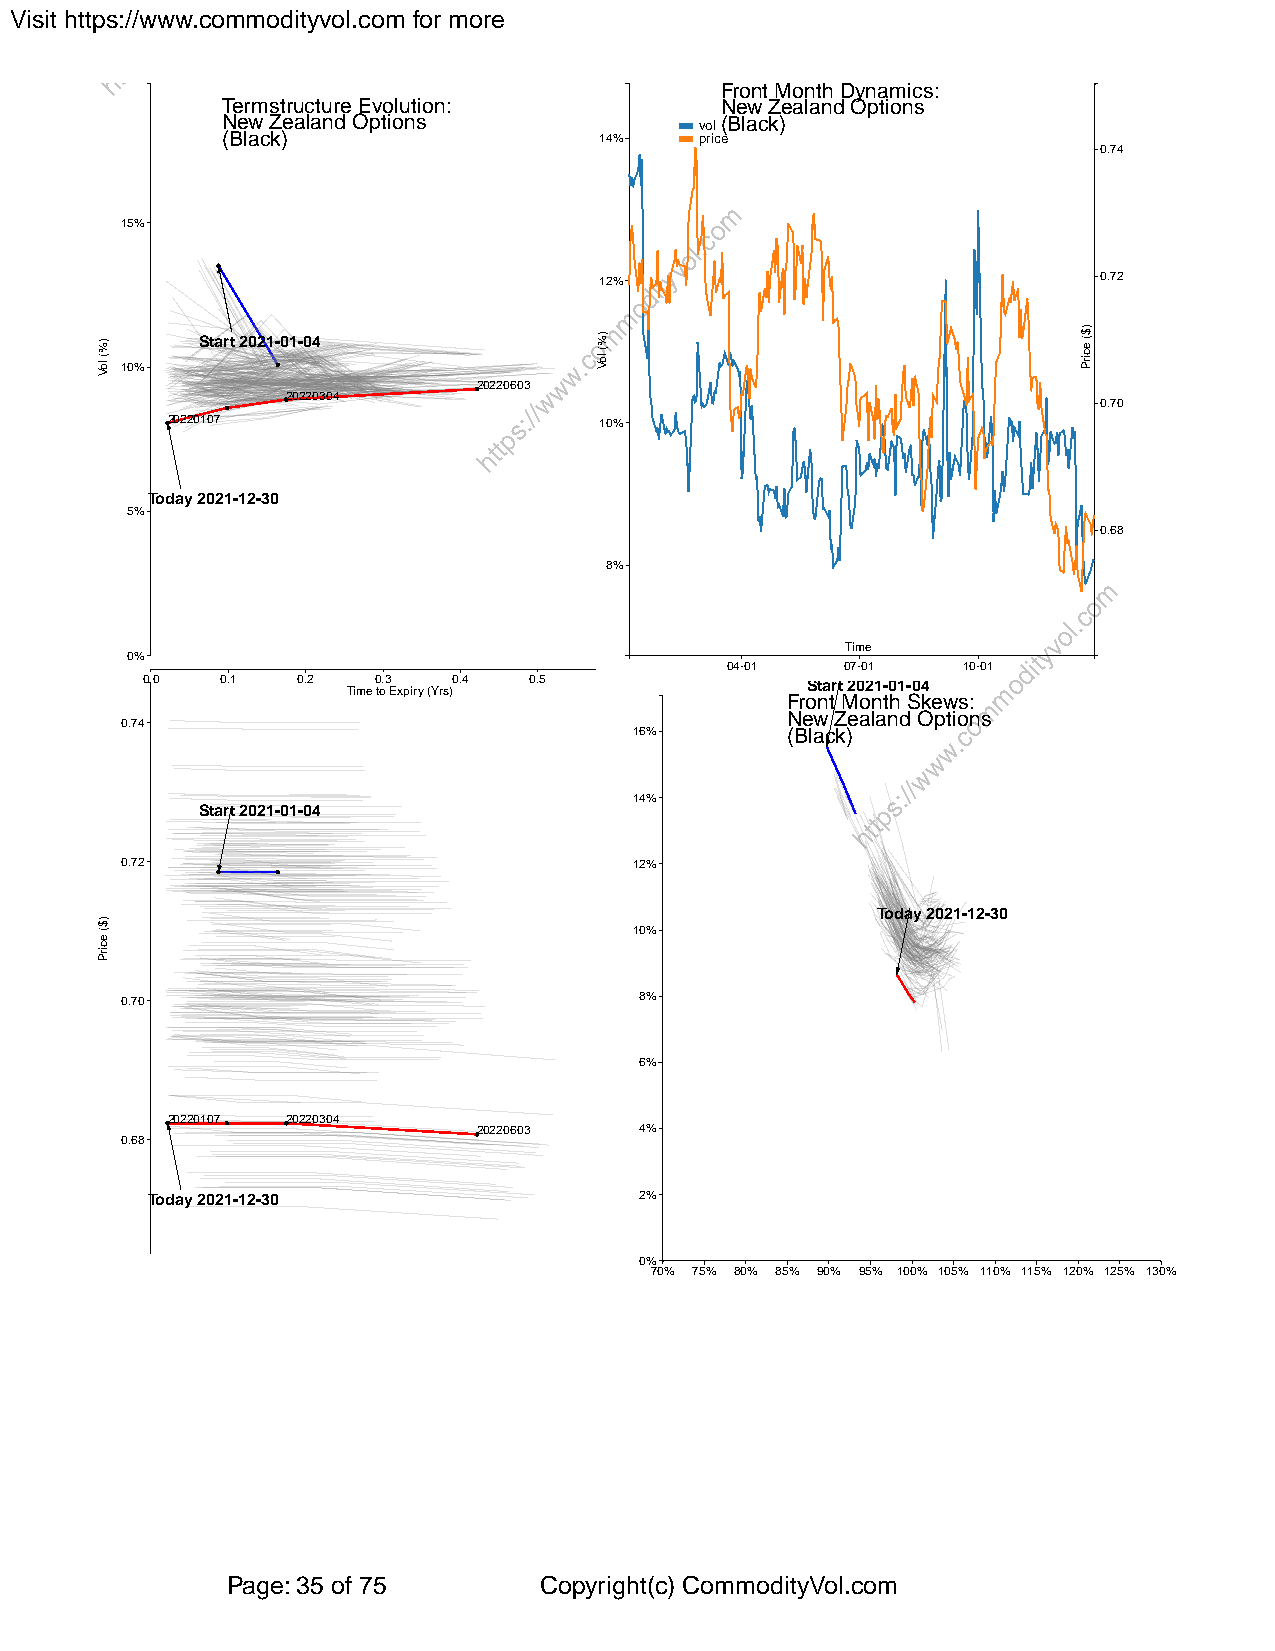
Visit https://www.commodityvol.com for more
 Front Month Dynamics:
 Termstructure Evolution:         New Zealand Options
 New Zealand Options            vol(Black)
 (Black)                  14%   price
 0.74
 15%
 12%                              0.72
 Start 2021-01-04
 10%
 20220603
 20220304
 0.70
 20220107                     10%
 Today 2021-12-30
 5%
 0.68
 8%
 Time
 0%
 04-01   07-01   10-01
 0.0   0.1  0.2  0.3  0.4  0.5               Start 2021-01-04
 Time to Expiry (Yrs)
 Front Month Skews:
 New Zealand Options
 0.74
 16%       (Black)
 14%
 Start 2021-01-04
 0.72                              12%
 Today 2021-12-30
 10%
 0.70                              8%
 6%
 20220107 20220304
 20220603  4%
 0.68
 Today 2021-12-30                2%
 0%
 70% 75% 80% 85% 90% 95% 100% 105% 110% 115% 120% 125% 130%
 Page: 35 of 75       Copyright(c) CommodityVol.com
 )%(
 loV
 )$(
 ecirP
 )%(
 loV
 )$(
 ecirP